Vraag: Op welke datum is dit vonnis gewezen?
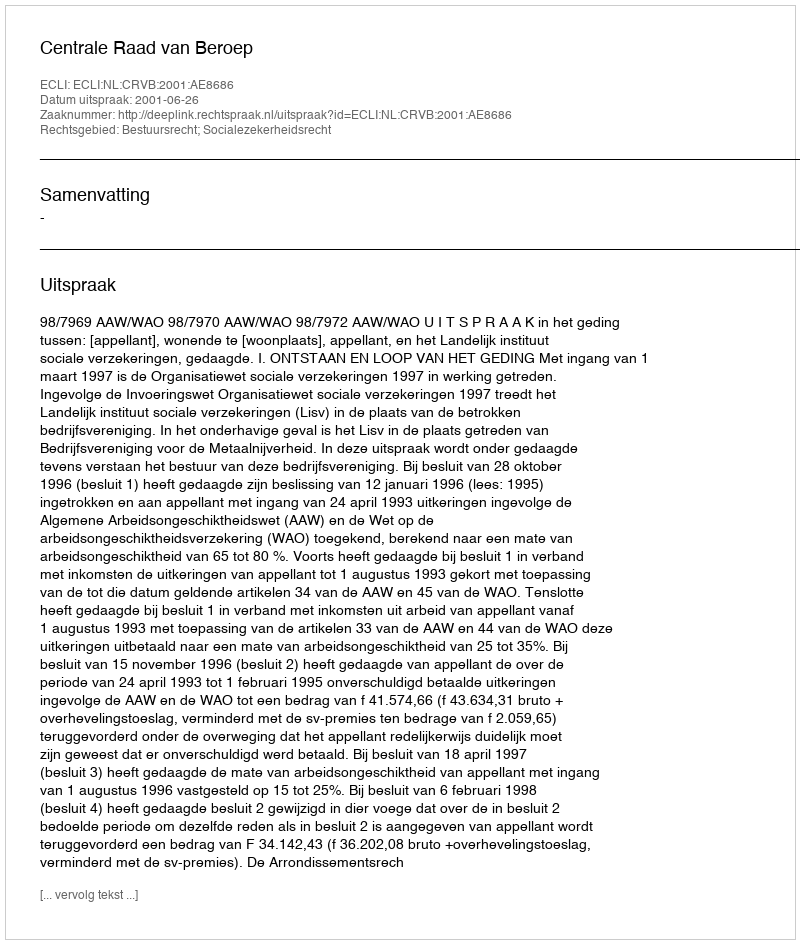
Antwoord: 2001-06-26